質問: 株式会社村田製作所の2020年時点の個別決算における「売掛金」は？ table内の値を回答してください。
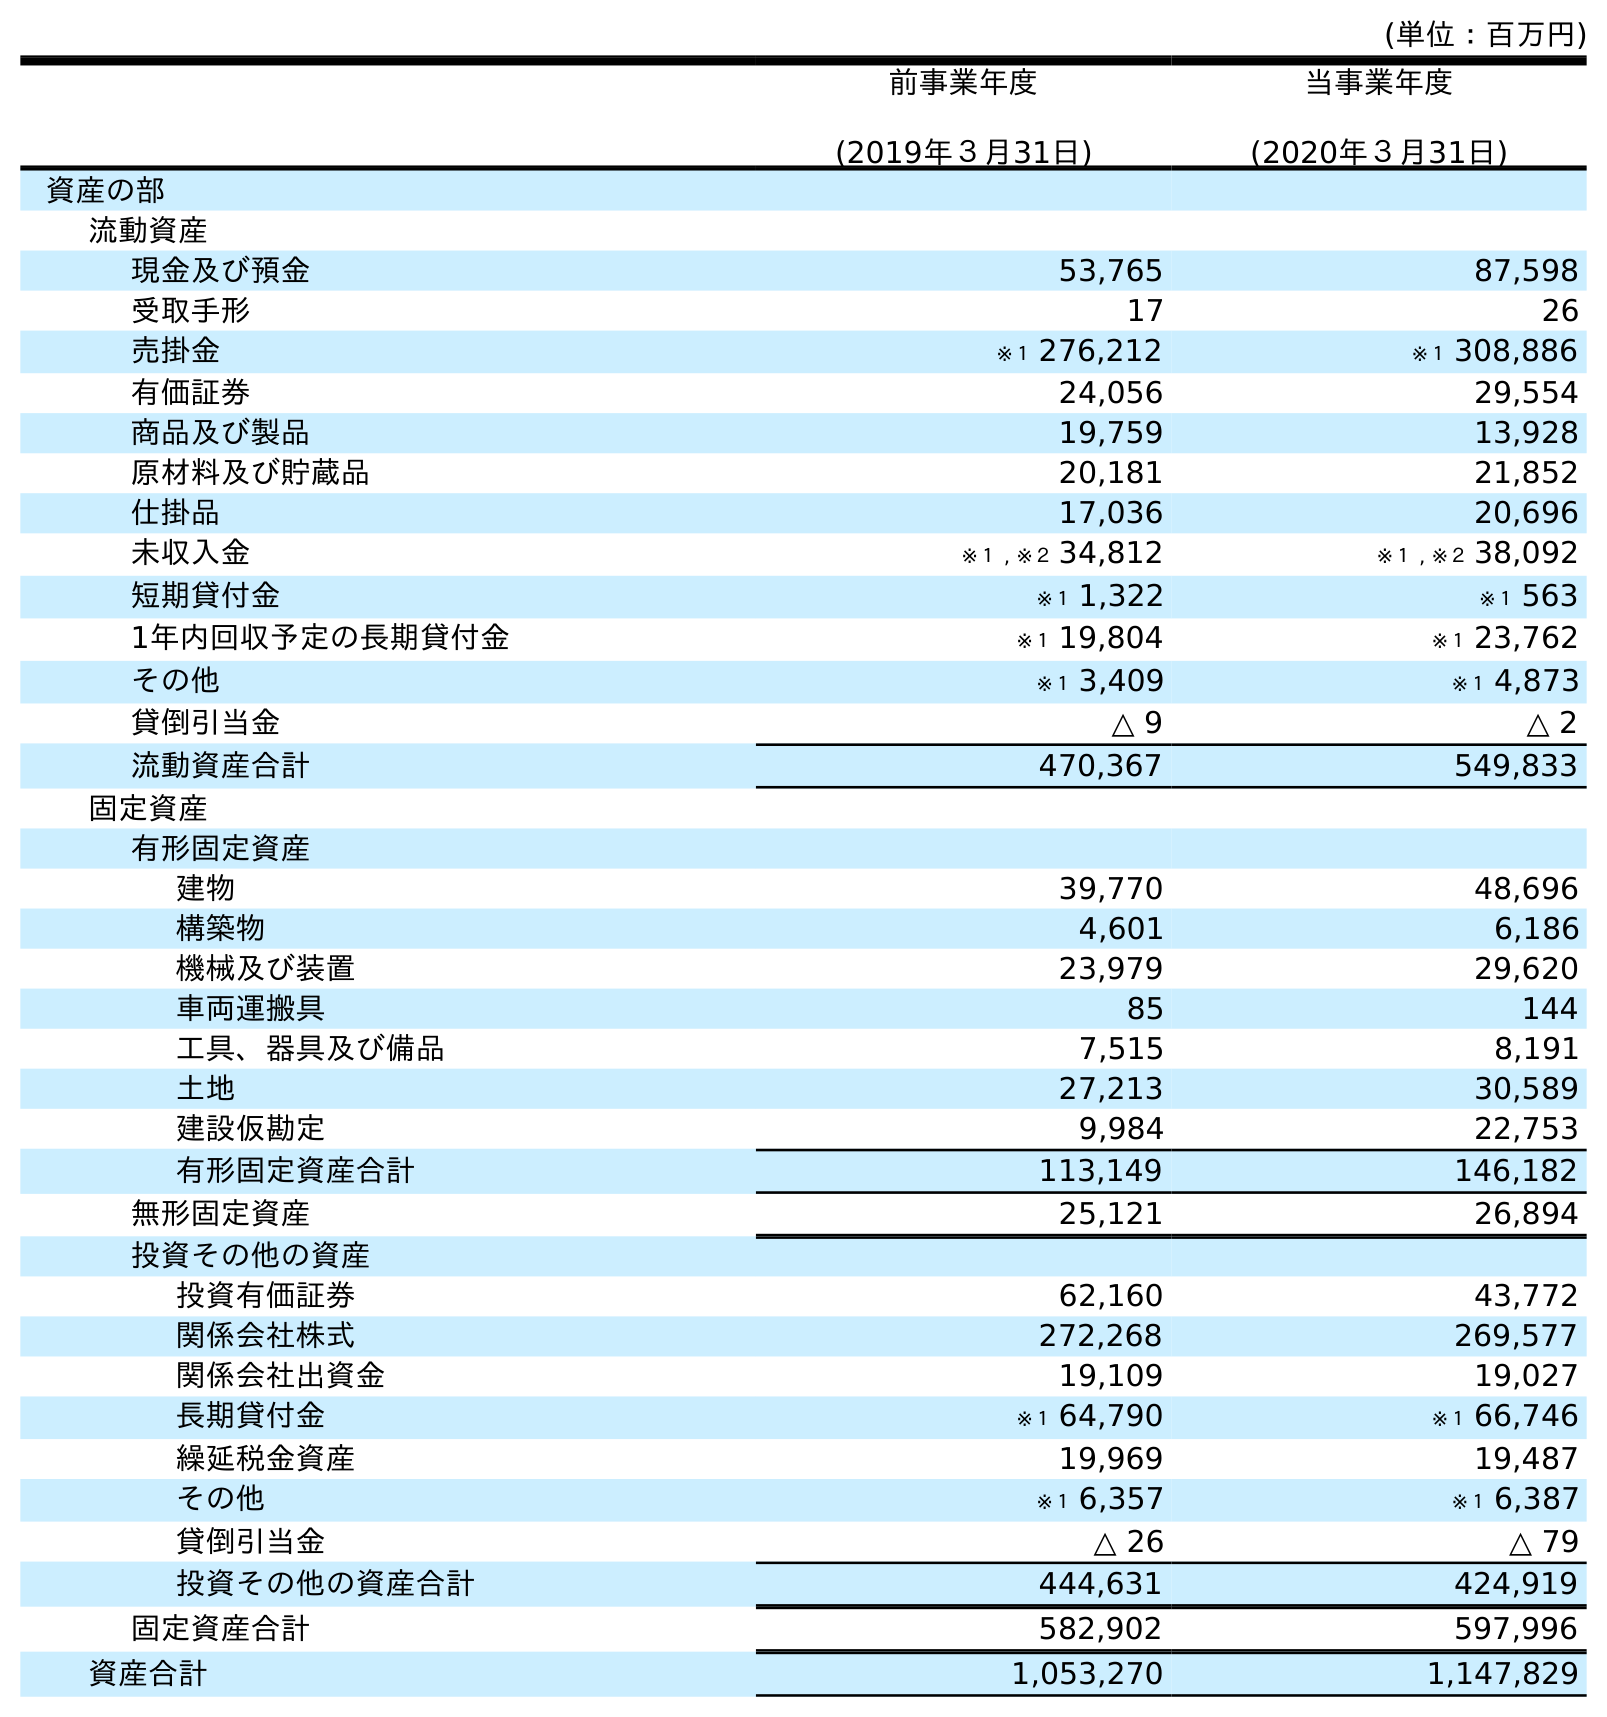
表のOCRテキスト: (単位：百万円) 前事業年度 (2019年３月31日) 当事業年度 (2020年３月31日) 資産の部 流動資産 現金及び預金 53,765 87,598 受取手形 17 26 売掛金 ※１ 276,212 ※１ 308,886 有価証券 24,056 29,554 商品及び製品 19,759 13,928 原材料及び貯蔵品 20,181 21,852 仕掛品 17,036 20,696 未収入金 ※１ , ※２ 34,812 ※１ , ※２ 38,092 短期貸付金 ※１ 1,322 ※１ 563 1年内回収予定の長期貸付金 ※１ 19,804 ※１ 23,762 その他 ※１ 3,409 ※１ 4,873 貸倒引当金 △ 9 △ 2 流動資産合計 470,367 549,833 固定資産 有形固定資産 建物 39,770 48,696 構築物 4,601 6,186 機械及び装置 23,979 29,620 車両運搬具 85 144 工具、器具及び備品 7,515 8,191 土地 27,213 30,589 建設仮勘定 9,984 22,753 有形固定資産合計 113,149 146,182 無形固定資産 25,121 26,894 投資その他の資産 投資有価証券 62,160 43,772 関係会社株式 272,268 269,577 関係会社出資金 19,109 19,027 長期貸付金 ※１ 64,790 ※１ 66,746 繰延税金資産 19,969 19,487 その他 ※１ 6,357 ※１ 6,387 貸倒引当金 △ 26 △ 79 投資その他の資産合計 444,631 424,919 固定資産合計 582,902 597,996 資産合計 1,053,270 1,147,829
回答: ※１308,886